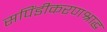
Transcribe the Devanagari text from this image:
सपिंडीकरणश्राद्ध